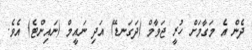
ދެން އެ މަގާމަށް ހުރީ ޖަވާމް (ދަގަނޑޭ) އަދި ނައީމް (ނައިންޓެ) އެވެ.